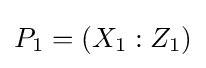
P_{1}=(X_{1}:Z_{1})